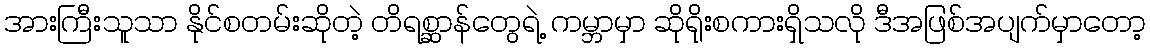
အားကြီးသူသာ နိုင်စတမ်းဆိုတဲ့ တိရစ္ဆာန်တွေရဲ့ ကမ္ဘာမှာ ဆိုရိုးစကားရှိသလို ဒီအဖြစ်အပျက်မှာတော့